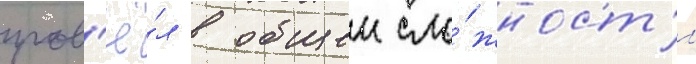
пров'ё́л в общеи сло́жност'и